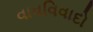
વાવવિવાદો